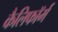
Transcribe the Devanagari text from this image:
कैलिफॉर्म